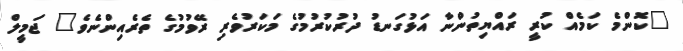
"ކޮންމެ ކަމެއް ކުރީ ރައްޔިތުންނާ އަޅުގަނޑު ދުރުކުރުމުގެ މަކަރުވެރި ރޭވުމުގެ ތެރެއިންނެވެ" ޖަމީލް